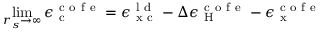
\operatorname* { l i m } _ { r _ { s } \to \infty } \epsilon _ { \mathrm { ~ c ~ } } ^ { \mathrm { ~ c ~ o ~ f ~ e ~ } } = \epsilon _ { \mathrm { ~ x ~ c ~ } } ^ { \mathrm { ~ l ~ d ~ } } - \Delta \epsilon _ { \mathrm { ~ H ~ } } ^ { \mathrm { ~ c ~ o ~ f ~ e ~ } } - \epsilon _ { \mathrm { ~ x ~ } } ^ { \mathrm { ~ c ~ o ~ f ~ e ~ } }